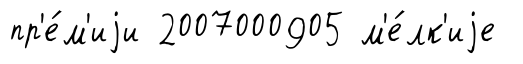
пр'е́м'иjи 2007000905 м'е́лк'иjе